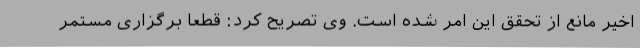
اخیر مانع از تحقق این امر شده است. وی تصریح کرد: قطعا برگزاری مستمر